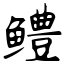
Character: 鳢